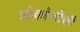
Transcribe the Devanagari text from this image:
लोकांनीशी